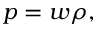
p = w \rho ,